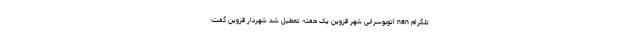
تلگرام nan اتوبوسرانی شهر قزوین یک هفته تعطیل شد شهردار قزوین گفت: